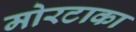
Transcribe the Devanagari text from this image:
मोरटाका